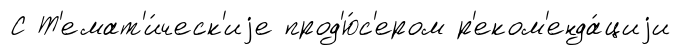
С Т'емат'и́ческ'иjе прод'ю́с'ером р'еком'енда́циjи